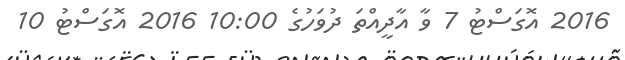
2016 އޮގަސްޓު 7 ވާ އާދީއްތަ ދުވަހުގެ 10:00 2016 އޮގަސްޓު 10